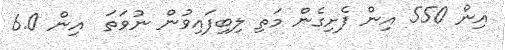
އިން 550 އިން ފެށިގެން މަތި ލިބިފައިވުން ނުވަތަ  އިން 6.0